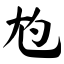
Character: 尥